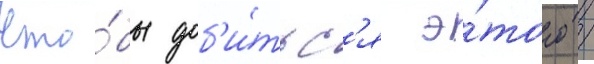
Что́бы доб'и́тьс'я э́того /